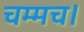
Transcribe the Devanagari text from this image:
चम्मच।